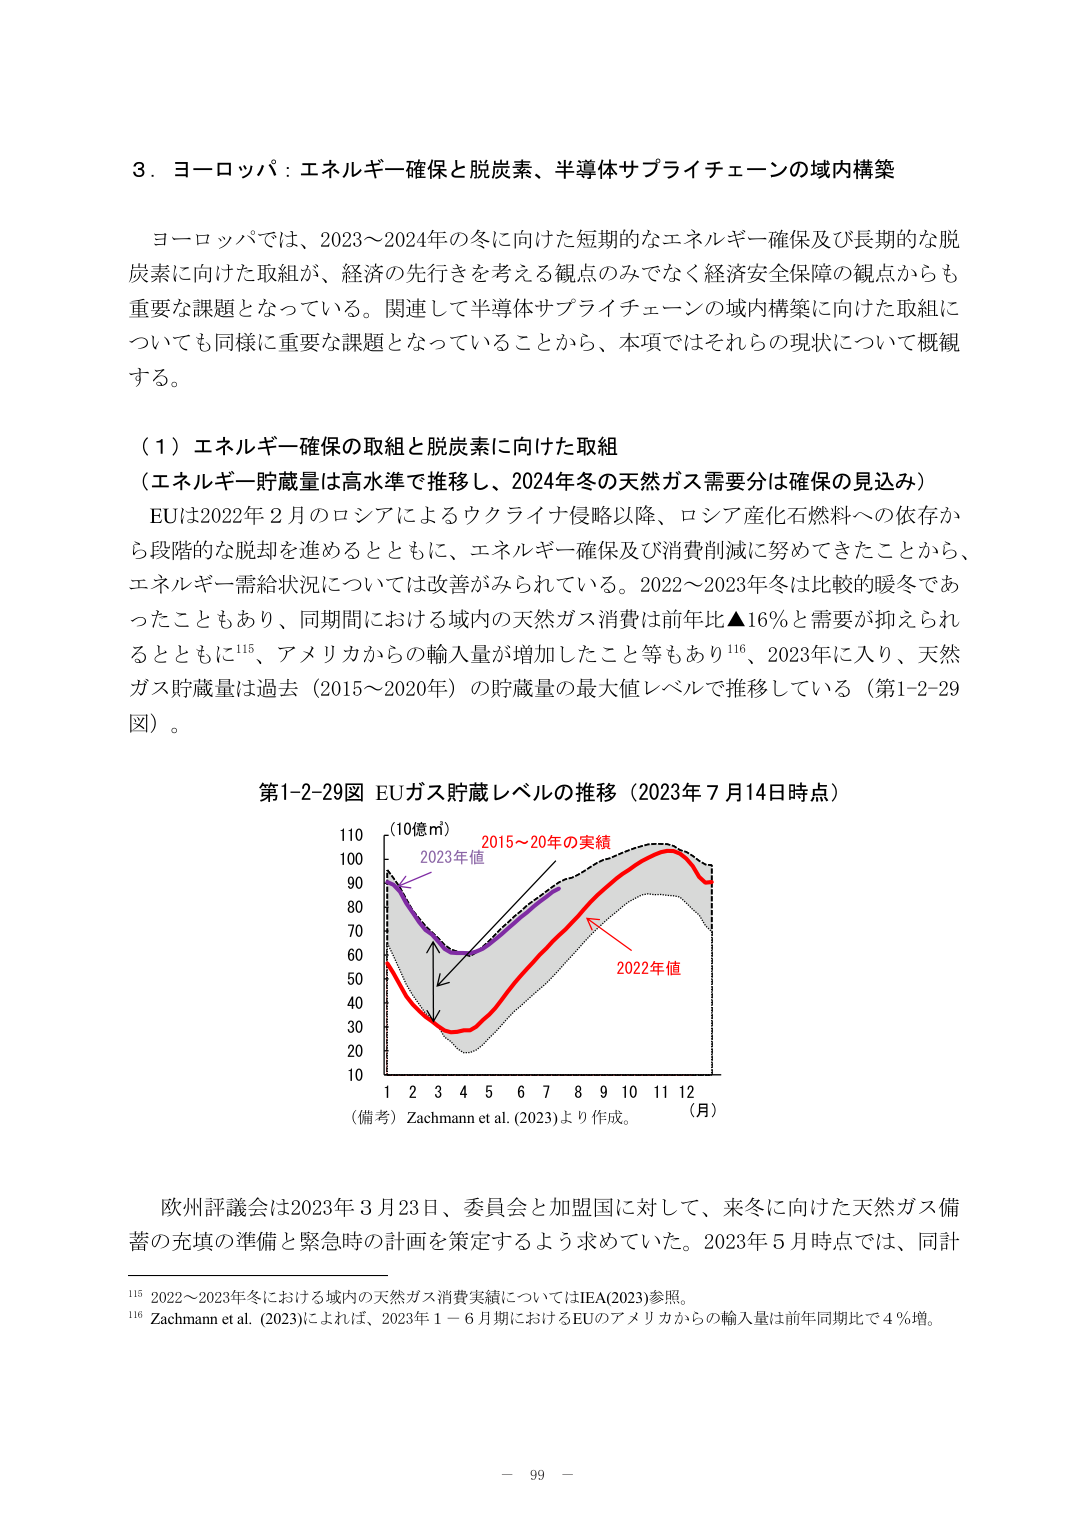
3．ヨーロッパ：エネルギー確保と脱炭素、半導体サプライチェーンの域内構築

ヨーロッパでは、2023～2024年の冬に向けた短期的なエネルギー確保及び長期的な脱炭素に向けた取組が、経済の先行きを考える観点のみでなく経済安全保障の観点からも重要な課題となっている。関連して半導体サプライチェーンの域内構築に向けた取組についても同様に重要な課題となっていることから、本項ではそれらの現状について概観する。

（1）エネルギー確保の取組と脱炭素に向けた取組
（エネルギー貯蔵量は高水準で推移し、2024年冬の天然ガス需要分は確保の見込み）

EUは2022年2月のロシアによるウクライナ侵略以降、ロシア産化石燃料への依存から段階的な脱却を進めるとともに、エネルギー確保及び消費削減に努めてきたことから、エネルギー需給状況については改善がみられている。2022～2023年冬は比較的暖冬であったこともあり、同期間における域内の天然ガス消費は前年比▲16％と需要が抑えられるとともに115、アメリカからの輸入量が増加したこと等もあり116、2023年に入り、天然ガス貯蔵量は過去（2015～2020年）の貯蔵量の最大値レベルで推移している（第1-2-29図）。

第1-2-29図 EUガス貯蔵レベルの推移（2023年7月14日時点）

（10億m³）
110
100
90
80
70
60
50
40
30
20
10
1 2 3 4 5 6 7 8 9 10 11 12
（月）

（備考）Zachmann et al. (2023)より作成。

2015～20年の実績
2023年値
2022年値

欧州評議会は2023年3月23日、委員会と加盟国に対して、来冬に向けた天然ガス備蓄の充填の準備と緊急時の計画を策定するよう求めていた。2023年5月時点では、同計

115 2022～2023年冬における域内の天然ガス消費実績についてはIEA(2023)参照。
116 Zachmann et al. (2023)によれば、2023年1－6月期におけるEUのアメリカからの輸入量は前年同期比で4％増。

－ 99 －